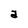
Character: a